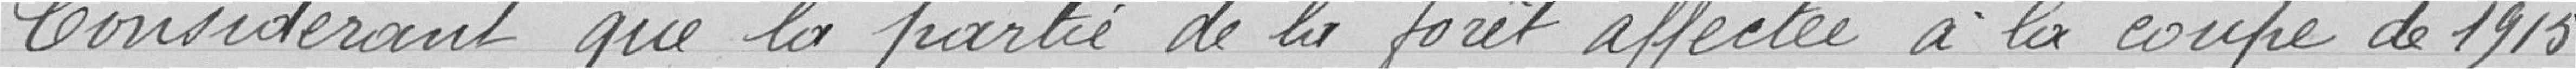
Considérant que la partie de la forêt affectée à la coupe de 1915